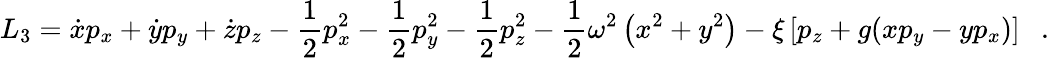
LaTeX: L_{3}=\dot{x}p_{x}+\dot{y}p_{y}+\dot{z}p_{z}-\frac{1}{2}p_{x}^{2}-\frac{1}{2}p_{y}^{2}-\frac{1}{2}p_{z}^{2}-\frac{1}{2}\omega^{2}\left(x^{2}+y^{2}\right)-\xi\left[p_{z}+g(xp_{y}-yp_{x})\right]\ \ \ .